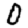
Digit: 0